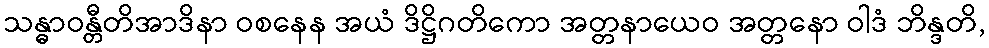
သန္ဓာဝန္တီတိအာဒိနာ ဝစနေန အယံ ဒိဋ္ဌိဂတိကော အတ္တနာယေဝ အတ္တနော ဝါဒံ ဘိန္ဒတိ,